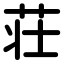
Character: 荘